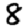
Digit: 8